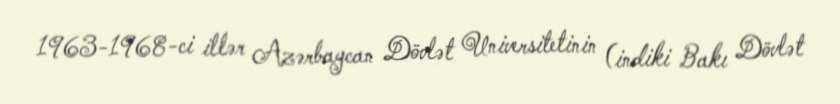
1963-1968-ci illər Azərbaycan Dövlət Universitetinin (indiki Bakı Dövlət